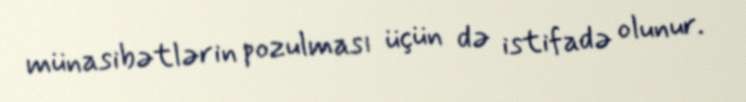
münasibətlərin pozulması üçün də istifadə olunur.